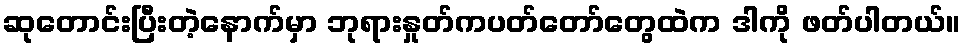
ဆုတောင်းပြီးတဲ့နောက်မှာ ဘုရားနှုတ်ကပတ်တော်တွေထဲက ဒါကို ဖတ်ပါတယ်။